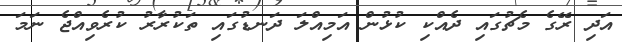
އަދި ރޭގެ މެޗުގައި ދެއްކި ކުޅުން އަމިއްލަ ދަނޑުގައި ތަކުރާރު ކުރެވިއްޖެ ނަމަ